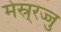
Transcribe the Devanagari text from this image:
मेस्र्रज्जु